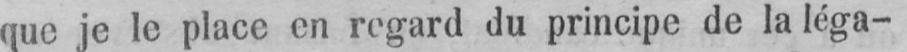
que je le place en regard du principe de la léga-